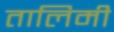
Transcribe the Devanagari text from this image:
तालिमी